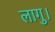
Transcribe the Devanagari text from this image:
लागु।